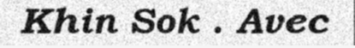
Khin Sok . Avec